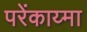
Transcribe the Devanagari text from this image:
परेंकाय्मा